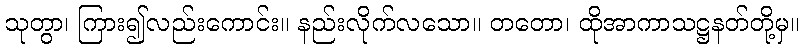
သုတွာ၊ ကြား၍လည်းကောင်း။ နည်းလိုက်လသော။ တတော၊ ထိုအာကာသဋ္ဌနတ်တို့မှ။